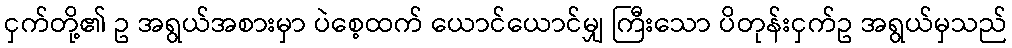
ငှက်တို့၏ ဥ အရွယ်အစားမှာ ပဲစေ့ထက် ယောင်ယောင်မျှ ကြီးသော ပိတုန်းငှက်ဥ အရွယ်မှသည်